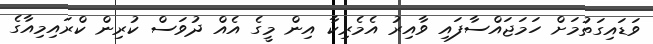
ވަޑައިގަތުމަށް ހަމަޖައްސާފައި ވާއިރު އެމެރިކާ އިން މީގެ އެއް ދުވަސް ކުރިން ކްރައިމިއާގެ